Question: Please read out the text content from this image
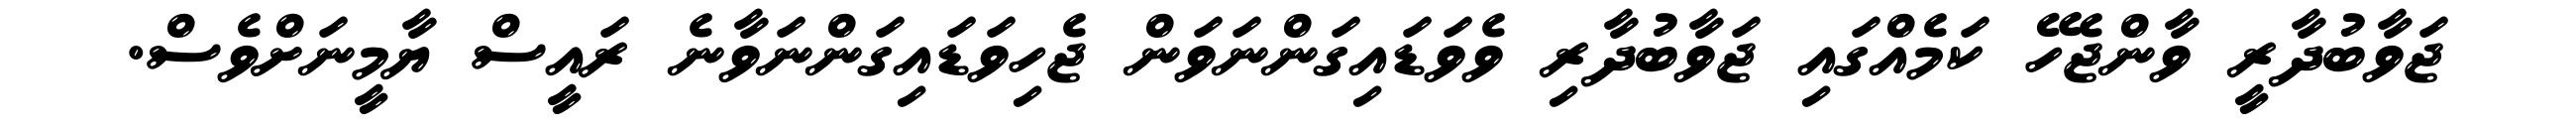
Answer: ޖަވާބުދާރީ ވާންޖެހޭ ކަމެއްގައި ޖަވާބުދާރި ވެވަޑައިގަންނަވަން ޖެހިވަޑައިގަންނަވާނެ ރައީސް ޔާމީނަށްވެސް.